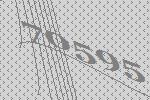
70595